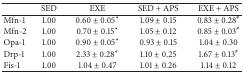
|  | SED | EXE | SED + APS | EXE + APS |
 | --- | --- | --- | --- | --- |
 | Mfn-1 | 1.00 | 0.60 ± 0.05∗ | 1.09 ± 0.15 | 0.83 ± 0.28# |
 | Mfn-2 | 1.00 | 0.70 ± 0.15∗ | 1.05 ± 0.12 | 0.85 ± 0.03# |
 | Opa-1 | 1.00 | 0.90 ± 0.05∗ | 0.93 ± 0.15 | 1.04 ± 0.30 |
 | Drp-1 | 1.00 | 2.33 ± 0.28∗ | 1.10 ± 0.25 | 1.67 ± 0.13# |
 | Fis-1 | 1.00 | 1.04 ± 0.47 | 1.01 ± 0.26 | 1.14 ± 0.12 |